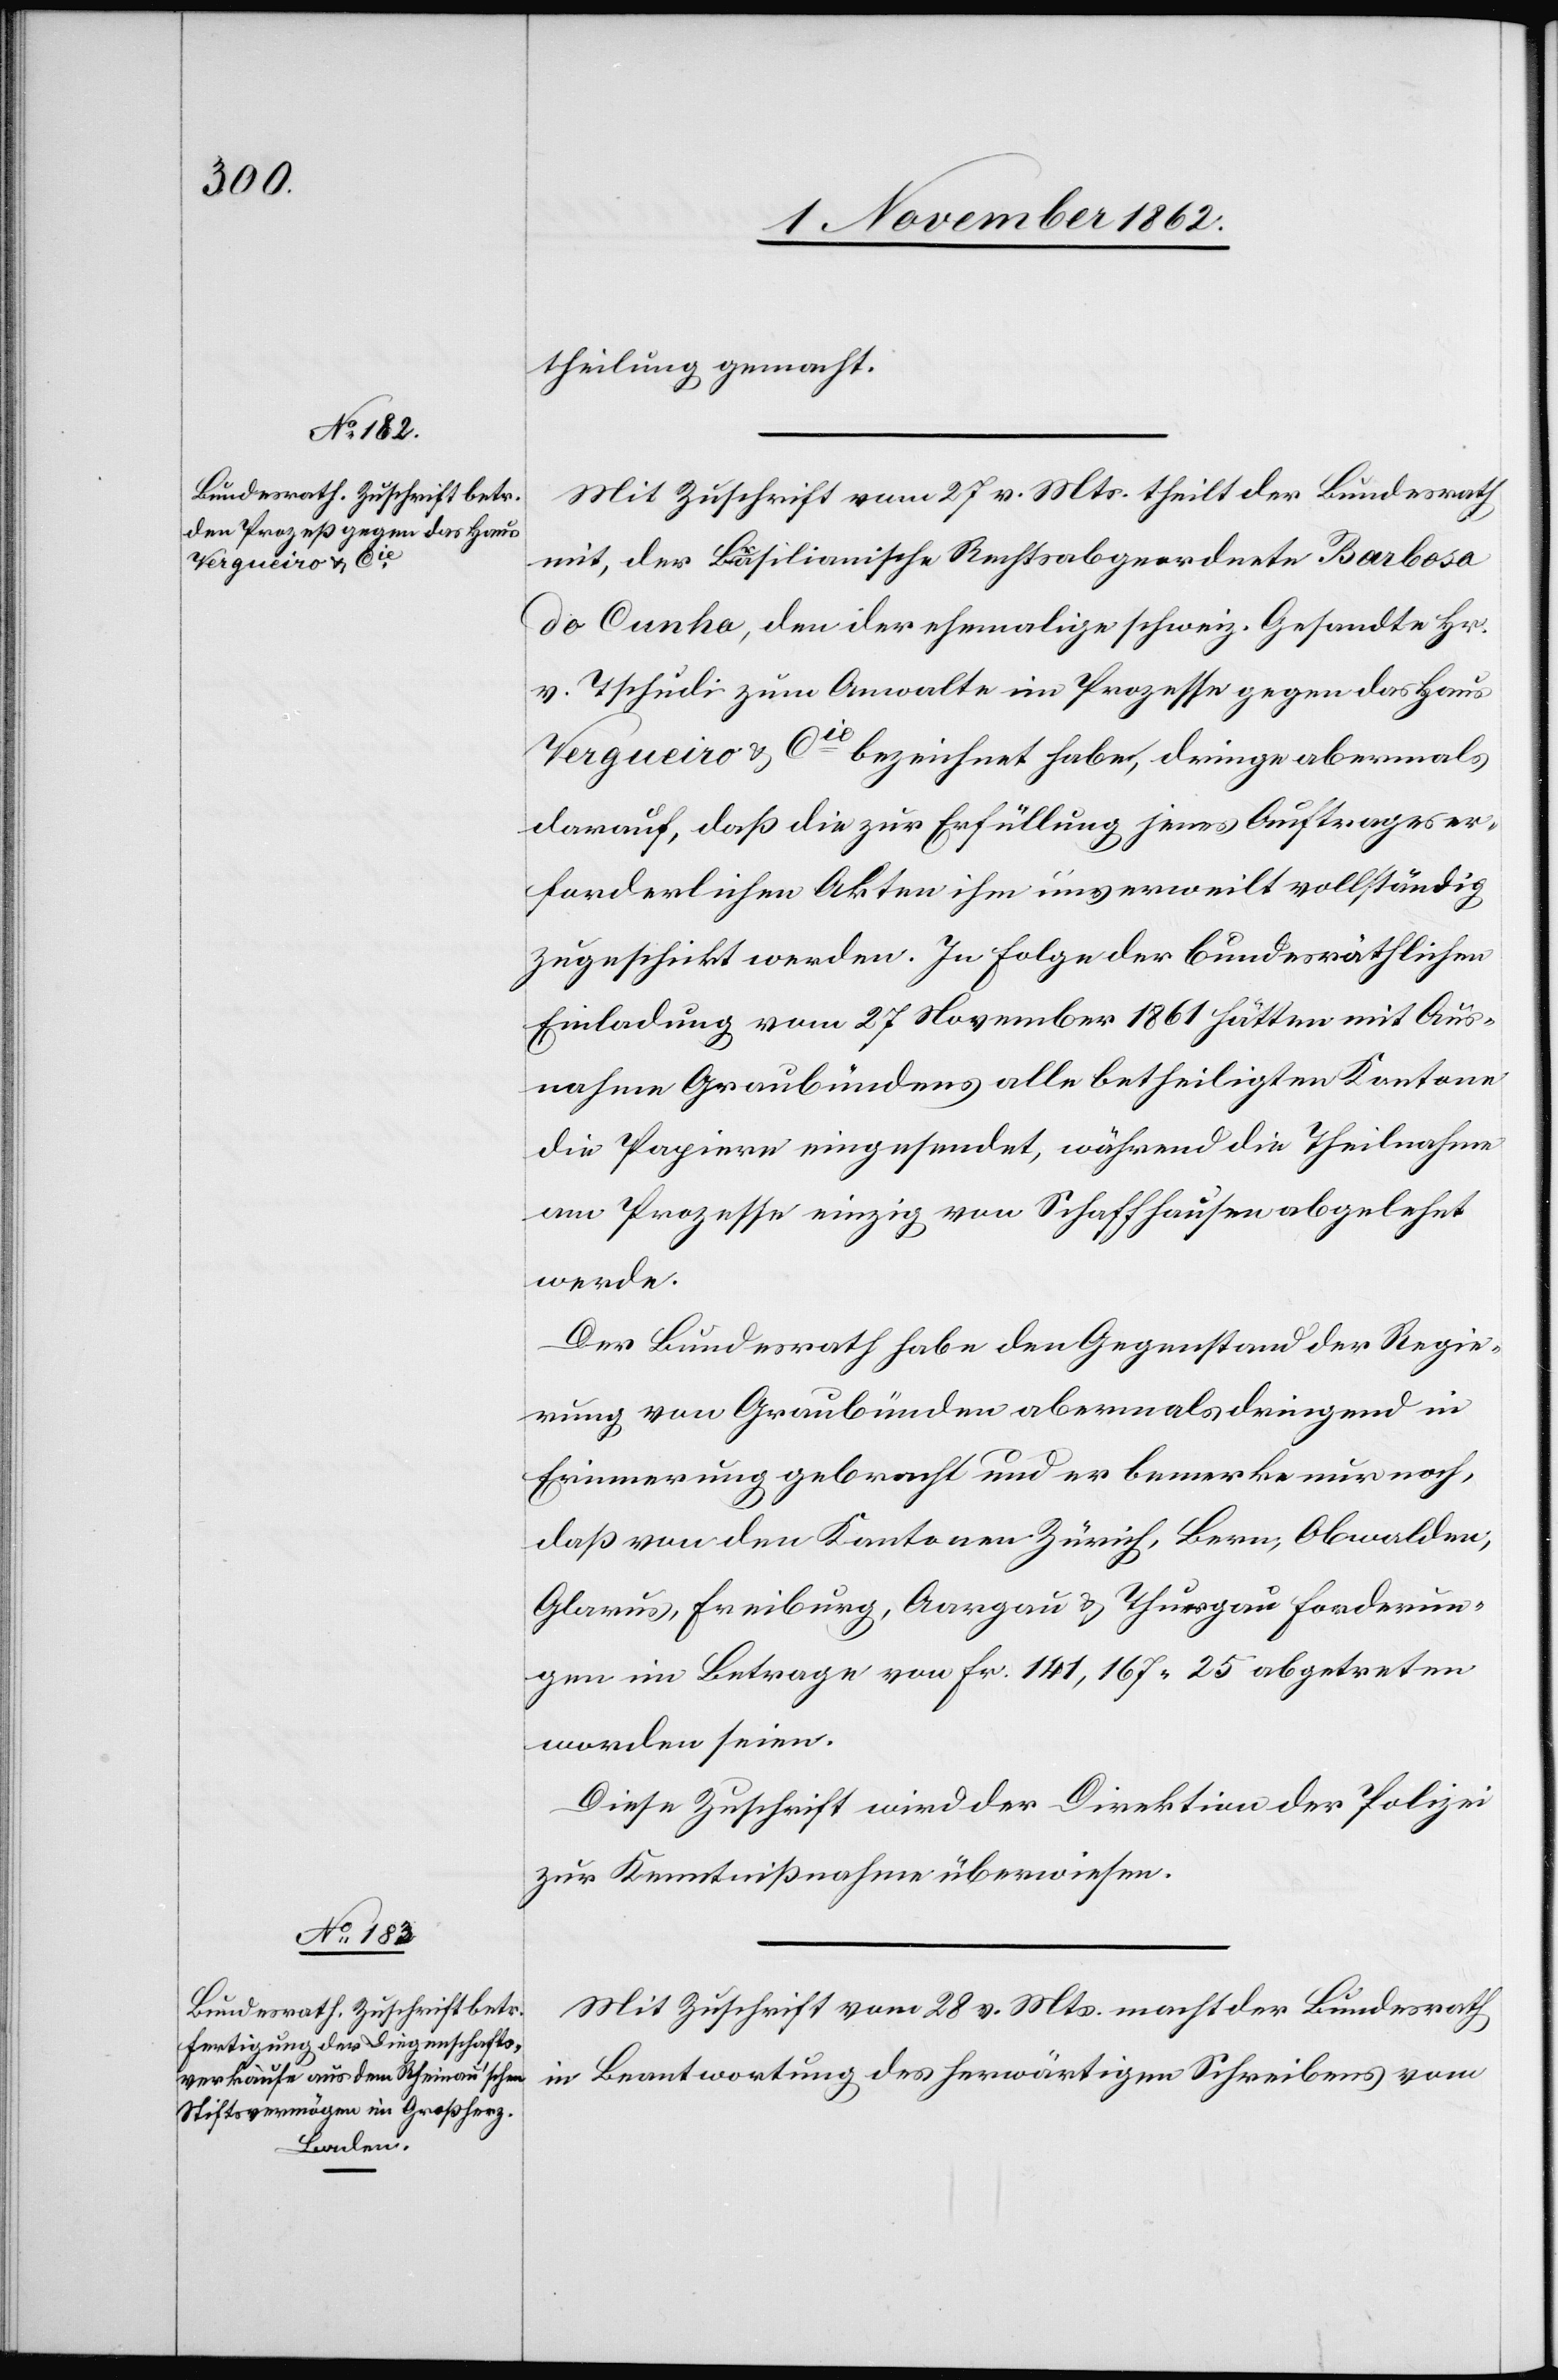
theilung gemacht.
Mit Zuschrift vom 27. v. Mts. theilt der Bundesrath
mit, der Brasilianische Rechtsabgeordnete Barbosa
do Cunha, den ihr ehemalige schweiz. Gesandte Hr.
v. Tschudi zum Anwalte im Prozesse gegen das Haus
Vergueiro u. Cie bezeichnet habe, dringe abermals
darauf, daß die zur Erfüllung jenes Auftrages er¬
forderlichen Akten ihm unverweilt vollständig
zugeschickt werden. In Folge der bundesräthlichen
Einladung vom 27. November 1861 hätten mit Aus¬
nahme Graubündens alle betheiligten Kantone
die Papiere eingesendet, während die Theilnahme
am Prozesse einzig von Schaffhausen abgelehnt
werde.
Der Bundesrath habe den Gegenstand der Regie¬
rung von Graubünden abermals dringend in
Erinnerung gebracht und er bemerke nur noch,
daß von den Kantonen Zürich, Bern, Obwalden,
Glarus, Freiburg, Aargau u. Thurgau Forderun¬
gen im Betrage von fr. 141,167 25 abgetreten
worden sein.
Diese Zuschrift wird der Direktion der Polizei
zur Kenntnißnahme überwiesen.
Mit Zuschrift vom 28. v. Mts. macht der Bundesrath
in Beantwortung des herwärtigen Schreibens vom